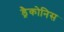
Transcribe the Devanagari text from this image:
ड्रैकोनिस